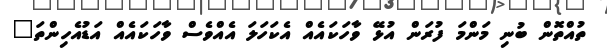
ތުއްތޮން ބުނި މަންމަ ފުރަން އުޅޭ ވާހަކައެއް އެކަހަލަ އެއްވެސް ވާހަކައެއް އަޑުއެހިންތަ"